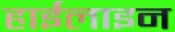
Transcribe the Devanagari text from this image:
हाईलाइन